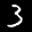
Label: 3